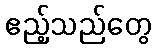
ဧည့်သည်တွေ